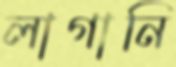
লাগানি